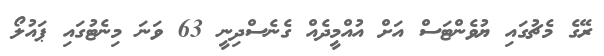
ރޭގެ މެޗުގައި ޔުވެންޓަސް އަށް އުއްމީދެއް ގެނެސްދިނީ 63 ވަނަ މިނެޓުގައި ޕައުލޯ